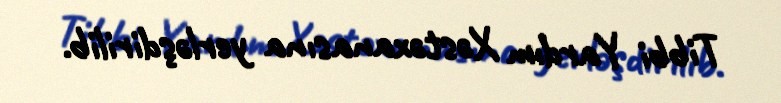
Tibbi Yardım Xəstəxanasına yerləşdirilib.